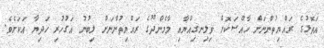
އަތޮޅުގެ ރައްޔިތުންނަށް ހާއްސަކޮށް ވިލިނގިއްޔާއި މާމެންދޫގެ ރައްޔިތުންނަށް ލިބުނު އަގުހުރި ހަދިޔާ އަކަށެވެ.